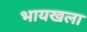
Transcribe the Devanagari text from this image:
भायखला